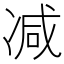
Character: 减